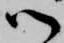
御